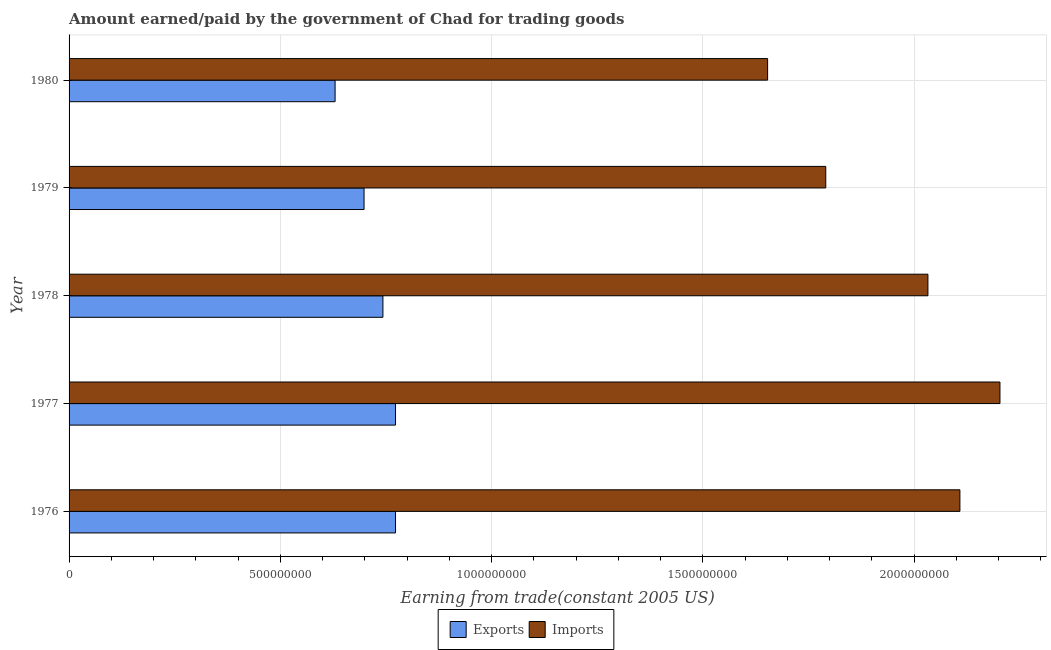
| Year | Exports | Imports |
 | --- | --- | --- |
 | 1976 | 7.73e+08 | 2.11e+09 |
 | 1977 | 7.73e+08 | 2.2e+09 |
 | 1978 | 7.43e+08 | 2.03e+09 |
 | 1979 | 6.98e+08 | 1.79e+09 |
 | 1980 | 6.3e+08 | 1.65e+09 |